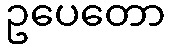
ဥပေတော